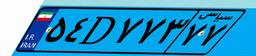
۸۶D۶۱۵۹۵